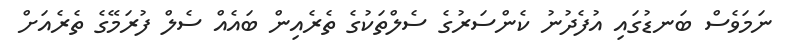
ނަމަވެސް ބަނޑުގައި އުފެދުނު ކެންސަރުގެ ސެލްތަކުގެ ތެރެއިން ބައެއް ސެލް ފުރަމޭގެ ތެރެއަށް